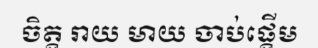
ចិត្ត រាយ មាយ ចាប់ផ្តើម